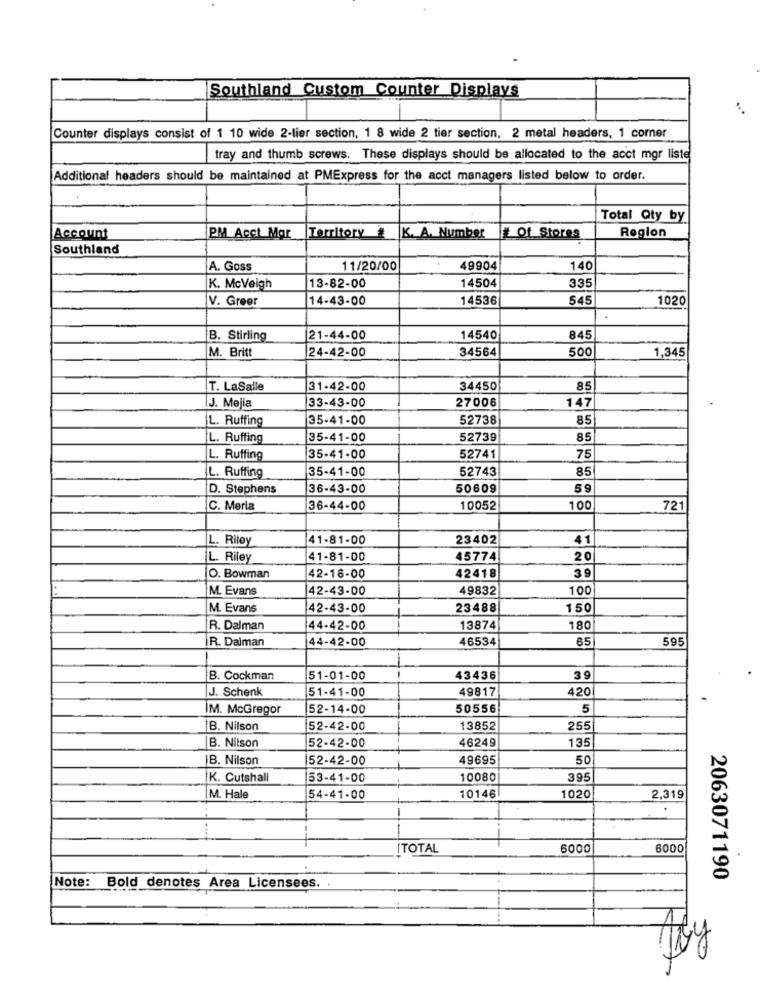
Southland Custom Counter Displays
Counter displays consist of 1 10 wide 2-lier section, 1 8 wide 2 tier section, 2 metal headers, 1 corner
tray and thumb screws. These displays should be allocated to the acct mgr liste
Additional headers should be maintained at PMExpress for the acct managers listed below to order.
Total Qty by
Account
PM Acct Mar
Territory
K. A. Number
# Of Stores
Region
Southland
A. Goss
11/20/00
49904
140
14504
335
K. Mcveigh
13-82-00
V. Greer
14-43-00
14536
545
1020
B. Stirling
21-44-00
14540
845
24-42-00
34564
500
M. Britt
1,345
T. LaSalle
31-42-00
34450
85
J. Mejia
33-43-00
27006
147
L. Ruffing
35-41-00
52738
85
L. Ruffing
35-41-00
52739
85
75
L. Ruffing
35-41-00
52741
L. Ruffing
35-41-00
52743
85
D. Stephens
36-43-00
50609
59
C. Merla
36-44-00
10052
100
721
L. Riley
41-81-00
23402
41
L. Riley
41-81-00
45774
20
O. Bowman
42-16-00
42418
3 9
M. Evans
42-43-00
49832
100
M. Evans
42-43-00
23488
150
R. Dalman
44-42-00
13874
180
R. Daiman
44-42-00
46534
65
595
B. Cockman
51-01-00
43436
39
J. Schenk
51-41-00
49817
420
IM. McGregor
52-14-00
50556
5
B. Nilson
52-42-00
13852
255
B. Nilson
52-42-00
46249
135
B. Nilson
52-42-00
49695
50
K. Cutshall
53-41-00
10080
395
M. Hale
54-41-00
10146
1020
2,319
-
ITOTAL
6000
6000
2063071190
Note: Bold denotes Area Licensees.